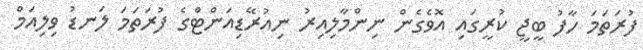
ފުރަތަމަ ހާފު ބީޖީ ކުރީގައި އޮވެގެން ނިންމާލިއިރު ނިއުރޭޑިއަންޓްގެ ފުރަތަމަ ލަނޑު ވިލިއަމް